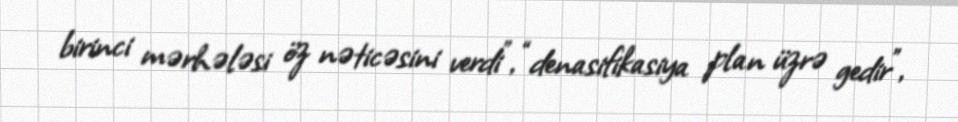
birinci mərhələsi öz nəticəsini verdi”, “denasifikasiya plan üzrə gedir”,